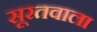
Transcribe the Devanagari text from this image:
सूरतवाला